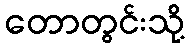
တောတွင်းသို့